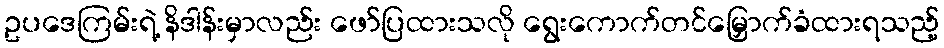
ဥပဒေကြမ်းရဲ့ နိဒါန်းမှာလည်း ဖော်ပြထားသလို ရွေးကောက်တင်မြှောက်ခံထားရသည့်